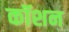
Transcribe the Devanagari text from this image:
कॉशन